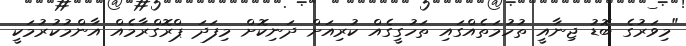
"މިވަރުގެ ބޮޑު ޖިނާއީ ތުހުމަތެއްގައި ތަހުގީގެއް ކުރިއަށް ދަނިކޮށް މިފަދަ ޕްރޮގްރާމެއް އާންމުކުރުމަކީ